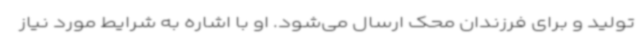
تولید و برای فرزندان محک ارسال می‌شود. او با اشاره به شرایط مورد نیاز